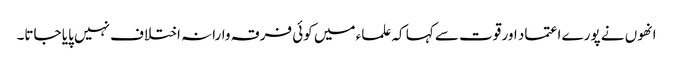
انھوں نے پورے اعتماد اور قوت سے کہا کہ علماء میں کوئی فرقہ وارانہ اختلاف نہیں پایا جاتا۔